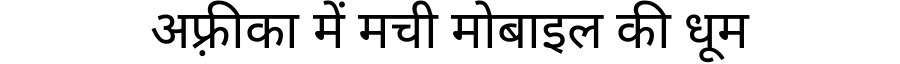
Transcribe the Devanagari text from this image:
अफ़्रीका में मची मोबाइल की धूम